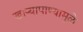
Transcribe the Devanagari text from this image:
खार्‍यापाण्यामुळे